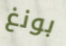
بونغ